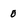
Character: 0